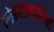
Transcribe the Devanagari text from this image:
लोकतंत्रकामियों